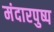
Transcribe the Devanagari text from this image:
मंदारपुष्प